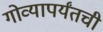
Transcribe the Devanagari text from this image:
गोव्यापर्यंतची